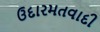
ઉદારમતવાદી